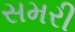
સમરી